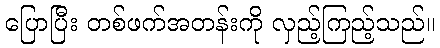
ပြောပြီး တစ်ဖက်အတန်းကို လှည့်ကြည့်သည်။